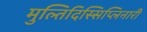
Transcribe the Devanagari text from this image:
मुल्तिदिस्सिप्लिनारी